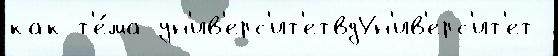
как т'е́ма ун'ив'ерс'ит'етвдУн'ив'ерс'ит'ет